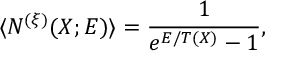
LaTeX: \langle N ^ { ( \xi ) } ( X ; { \cal E } ) \rangle = \frac { 1 } { e ^ { { \cal E } / T ( X ) } - 1 } ,